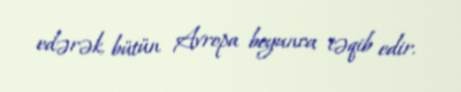
edərək, bütün Avropa boyunca təqib edir.